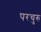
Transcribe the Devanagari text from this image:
परचुरु